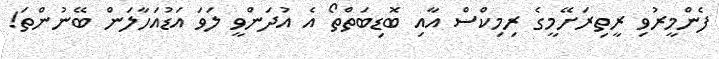
ފެންމީރުވި ރީތިރަށޭމީގެ ރިމިކްސް އާއި ބޮޑިބަތްތޯ އެ އުދަންވީ ލަވަ އަޑުއަހާލަން ބޭނުންތަ!